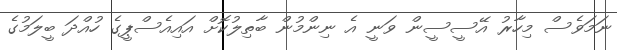
ނަމަވެސް މިހާރު އޭސީސީން ވަނީ އެ ނިންމުން ބާތިލުކޮށް އައިއެސްޕީގެ ހުއްދަ ބީލަމުގެ